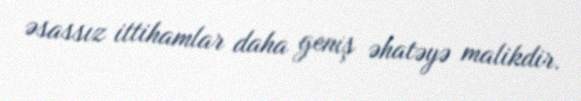
əsassız ittihamlar daha geniş əhatəyə malikdir.